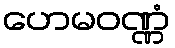
ဟေမဝဏ္ဏံ